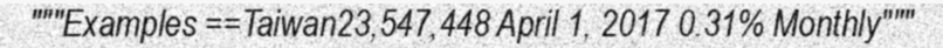
"""Examples ==Taiwan23,547,448 April 1, 2017 0.31% Monthly"""